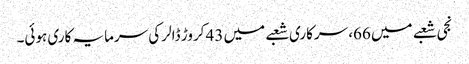
نجی شعبے میں 66، سرکاری شعبے میں 43 کروڑ ڈالر کی سرمایہ کاری ہوئی۔